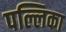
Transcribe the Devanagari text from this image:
पल्लिका